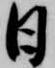
日